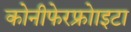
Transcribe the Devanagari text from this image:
कोनीफेरफ्रोाइटा